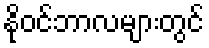
နိုဝင်ဘာလများတွင်